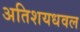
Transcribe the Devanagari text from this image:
अतिशयधवल